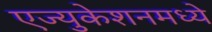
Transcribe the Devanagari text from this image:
एज्युकेशनमध्ये